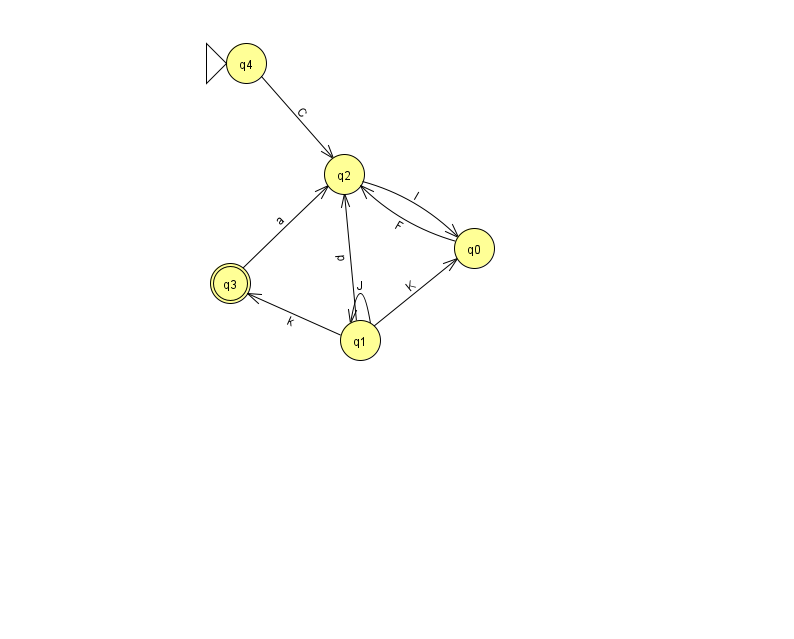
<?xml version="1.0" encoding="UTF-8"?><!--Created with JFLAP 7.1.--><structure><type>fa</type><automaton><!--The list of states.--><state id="0" name="q0"><x>474.0</x><y>235.0</y></state><state id="1" name="q1"><x>360.0</x><y>327.0</y></state><state id="2" name="q2"><x>344.0</x><y>161.0</y></state><state id="3" name="q3"><x>230.0</x><y>270.0</y><final/></state><state id="4" name="q4"><x>246.0</x><y>50.0</y><initial/></state><!--The list of transitions.--><transition><from>1</from><to>2</to><read>p</read></transition><transition><from>0</from><to>2</to><read>F</read></transition><transition><from>1</from><to>3</to><read>k</read></transition><transition><from>4</from><to>2</to><read>C</read></transition><transition><from>1</from><to>0</to><read>K</read></transition><transition><from>1</from><to>1</to><read>J</read></transition><transition><from>2</from><to>0</to><read>I</read></transition><transition><from>3</from><to>2</to><read>a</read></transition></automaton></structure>